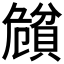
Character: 𲂵